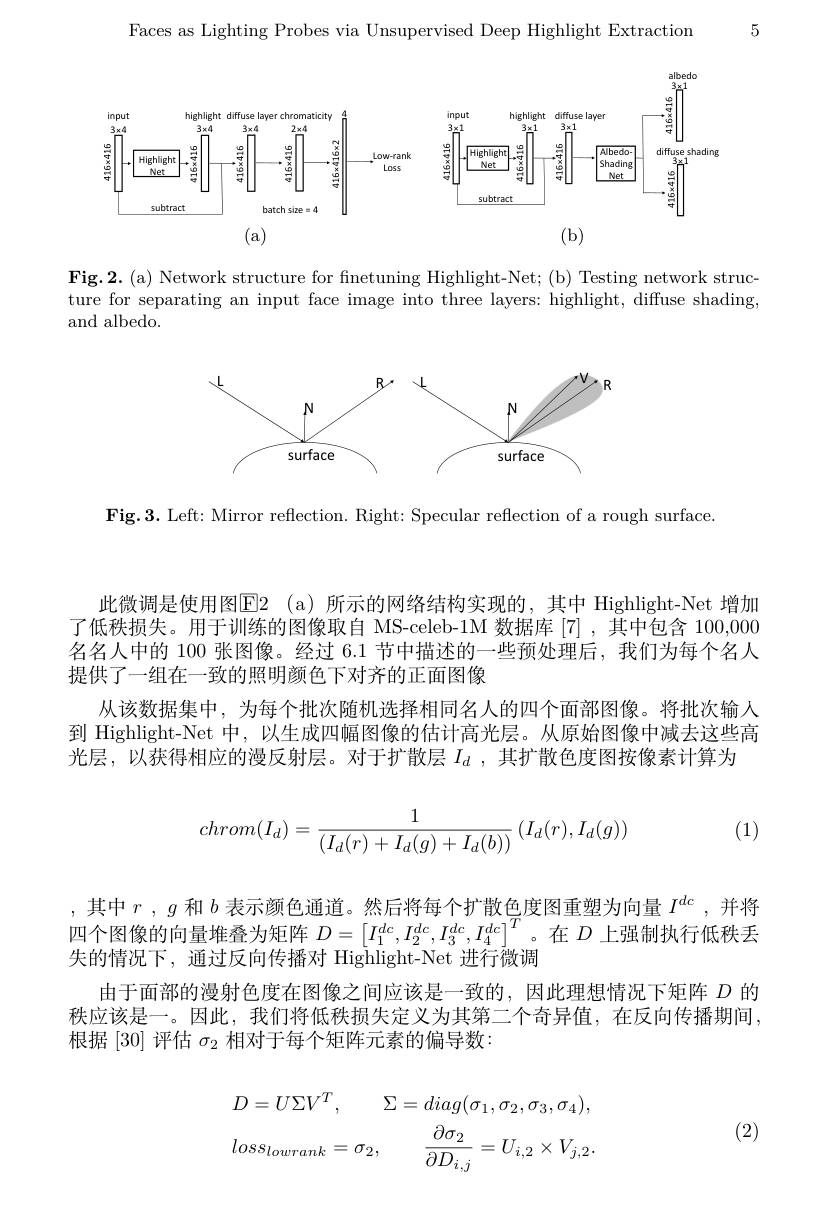
5

Faces as Lighting Probes via Unsupervised Deep Highlight Extraction

albedo

<FigureHere>

Fig.2.(a) Network structure for finetuning Highlight-Net;(b) Testing network structure for separating an input face image into three layers: highlight, diffuse shading and albedo.

<FigureHere>

Fig.3. Left: Mirror reflection. Right: Specular reflection of a rough surface

此微调是使用图$\overline {\mathrm{E} }2$ (a)所示的网络结构实现的，其中 Highlight-Net 增加了低秩损失。用于训练的图像取自 MS-celeb-1M 数据库 [7],其中包含 100,000名名人中的 100 张图像。经过 6.1 节中描述的一些预处理后，我们为每个名人提供了一组在一致的照明颜色下对齐的正面图像
从该数据集中，为每个批次随机选择相同名人的四个面部图像。将批次输入到 Highlight-Net 中，以生成四幅图像的估计高光层。从原始图像中减去这些高光层，以获得相应的漫反射层。对于扩散层$I_d$ ,其扩散色度图按像素计算为

(1)
$$chrom(I_d)=\frac{1}{(I_d(r)+I_d(g)+I_d(b))}\left(I_d(r),I_d(g)\right)$$
,其中$r,g$和$b$表示颜色通道。然后将每个扩散色度图重塑为向量$I^dc$,并将四个图像的向量堆叠为矩阵$D=\begin{bmatrix}I_1^{dc},I_2^{dc},I_3^{dc},I_4^{dc}\end{bmatrix}^T$。在$D$上强制执行低秩丢失的情况下，通过反向传播对 Highlight-Net 进行微调
由于面部的漫射色度在图像之间应该是一致的，因此理想情况下矩阵$D$的秩应该是一。因此，我们将低秩损失定义为其第二个奇异值，在反向传播期间， 根据[30]评估$\sigma_2$相对于每个矩阵元素的偏导数：

(2)
$$D=U\Sigma V^T,\quad\Sigma=diag(\sigma_1,\sigma_2,\sigma_3,\sigma_4),$$
$$loss_{lowrank}=\sigma_2,\quad\frac{\partial\sigma_2}{\partial D_{i,j}}=U_{i,2}\times V_{j,2}.$$